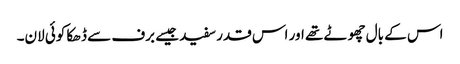
اس کے بال چھوٹے تھے اور اس قدر سفید جیسے برف سے ڈھکا کوئی لان۔